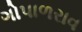
ગોપાળરાવ